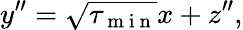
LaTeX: y^{\prime\prime}=\sqrt{\tau_{\mathrm{~m~i~n~}}}x+z^{\prime\prime},